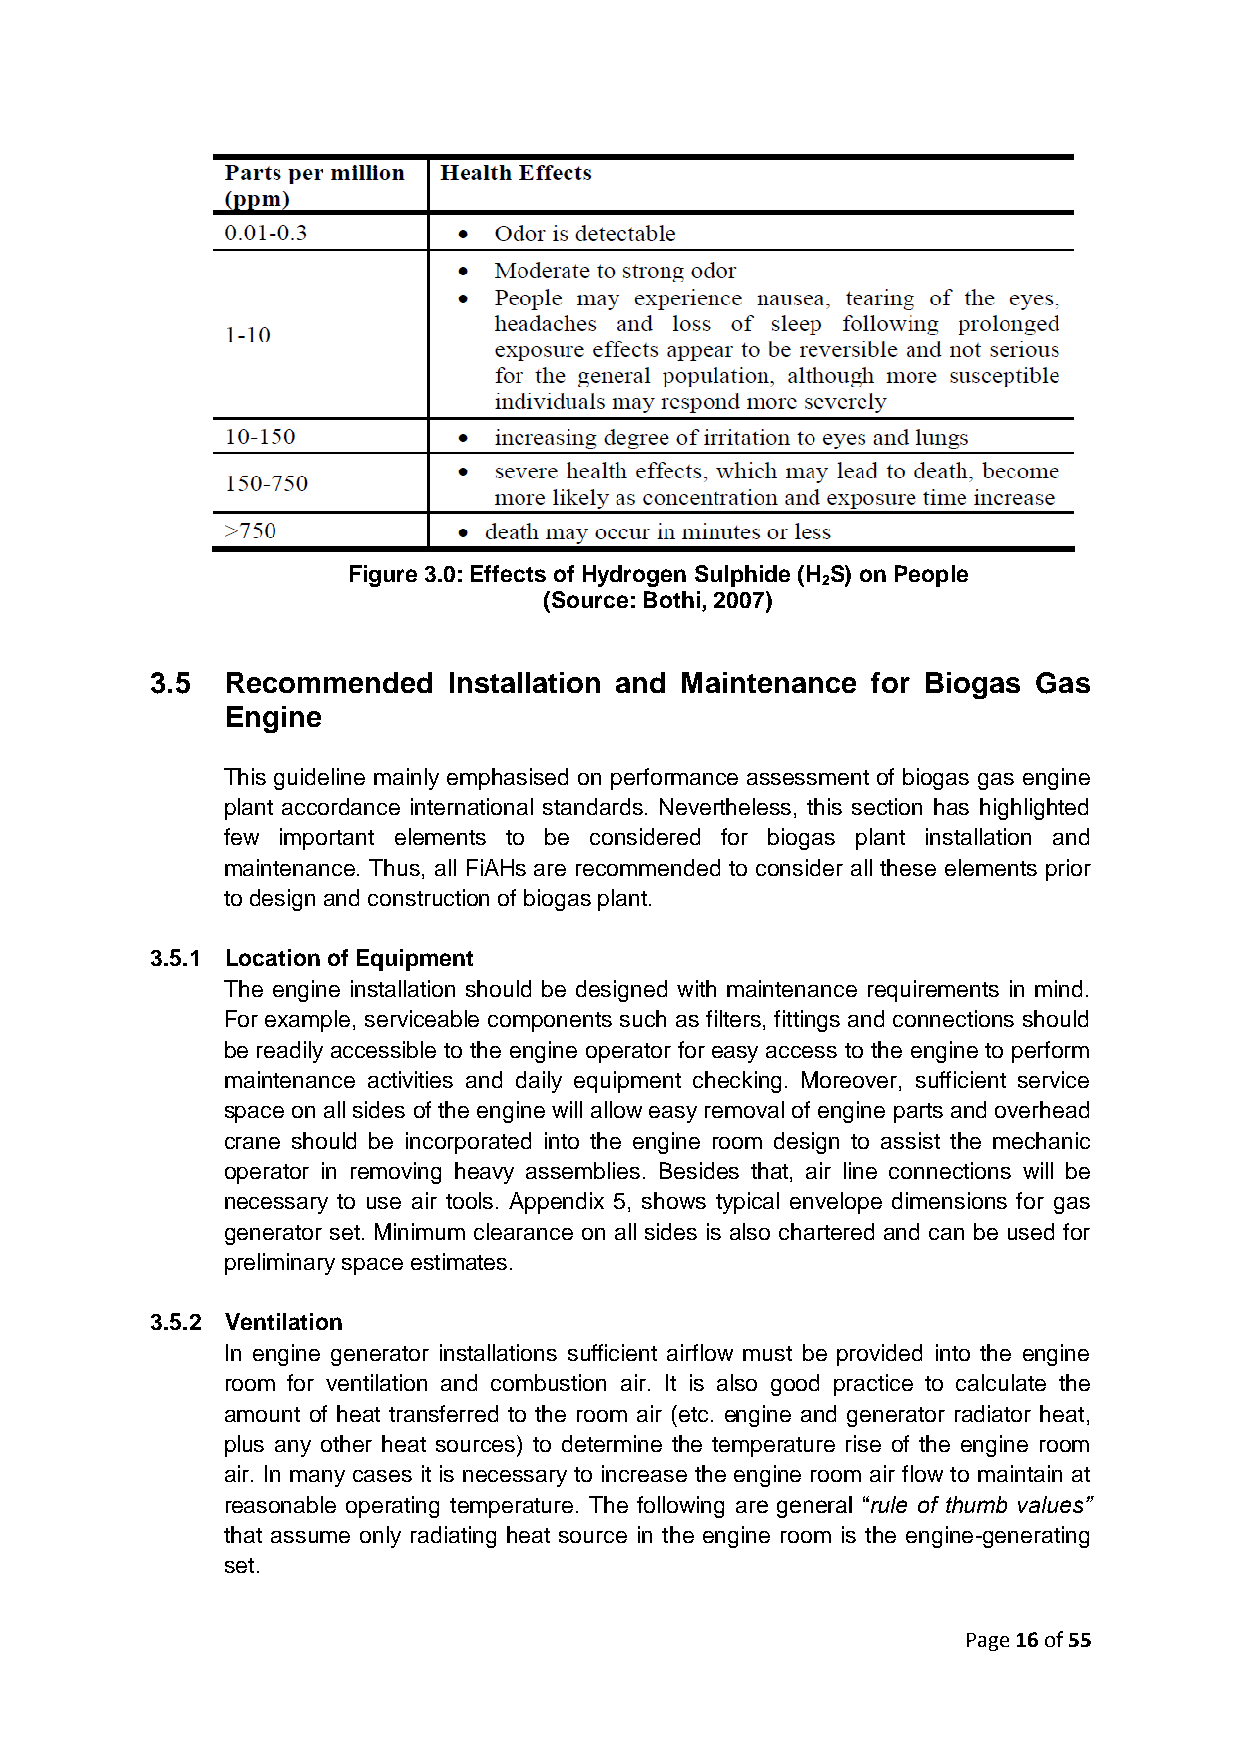
Figure 3.0: Effects of Hydrogen Sulphide (H S) on People
 2
 (Source: Bothi, 2007)
 3.5  Recommended    Installation and Maintenance for Biogas Gas
 Engine
 This guideline mainly emphasised on performance assessment of biogas gas engine
 plant accordance international standards. Nevertheless, this section has highlighted
 few important elements to be considered for biogas plant installation and
 maintenance. Thus, all FiAHs are recommended to consider all these elements prior
 to design and construction of biogas plant.
 3.5.1 Location of Equipment
 The engine installation should be designed with maintenance requirements in mind.
 For example, serviceable components such as filters, fittings and connections should
 be readily accessible to the engine operator for easy access to the engine to perform
 maintenance activities and daily equipment checking. Moreover, sufficient service
 space on all sides of the engine will allow easy removal of engine parts and overhead
 crane should be incorporated into the engine room design to assist the mechanic
 operator in removing heavy assemblies. Besides that, air line connections will be
 necessary to use air tools. Appendix 5, shows typical envelope dimensions for gas
 generator set. Minimum clearance on all sides is also chartered and can be used for
 preliminary space estimates.
 3.5.2 Ventilation
 In engine generator installations sufficient airflow must be provided into the engine
 room for ventilation and combustion air. It is also good practice to calculate the
 amount of heat transferred to the room air (etc. engine and generator radiator heat,
 plus any other heat sources) to determine the temperature rise of the engine room
 air. In many cases it is necessary to increase the engine room air flow to maintain at
 reasonable operating temperature. The following are general “rule of thumb values”
 that assume only radiating heat source in the engine room is the engine-generating
 set.
 Page 16 of 55